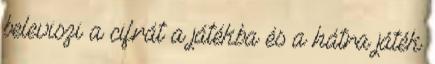
beleviszi a cifrát a játékba és a hátra játék